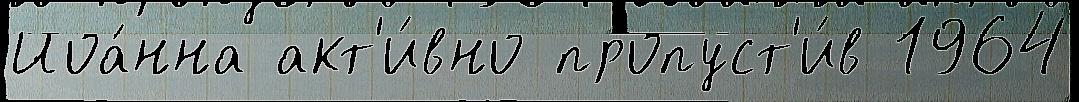
Иоа́нна акт'и́вно пропуст'и́в 1964